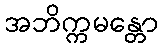
အဘိက္ကမန္တော